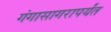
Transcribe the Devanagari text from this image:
गंगासागरापर्यंत